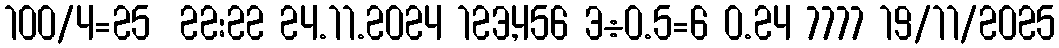
100/4=25  22:22 24.11.2024 123,456 3÷0.5=6 0.24 7777 19/11/2025